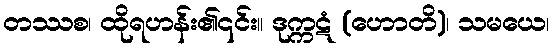
တဿစ၊ ထိုရဟန်း၏၎င်း။ ဒုက္ကဋံ (ဟောတိ)၊ သမယေ၊